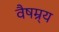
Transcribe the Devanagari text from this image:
वैषम्र्य